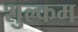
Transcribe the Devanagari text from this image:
शुल्कम